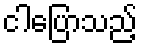
ငါပြောသည့်